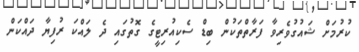
ކުރުމަށް ޝައުގުވެރިވާ ފަރާތްތަކުން ބިޑް ސެކިއުރިޓީގެ ގޮތުގައި ދެ ލައްކަ ރުފިޔާ ދައްކަން